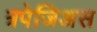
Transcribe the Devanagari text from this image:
त्रपेजिअस